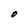
Character: O